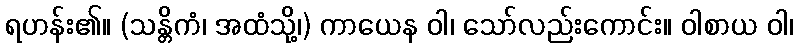
ရဟန်း၏။ (သန္တိကံ၊ အထံသို့၊) ကာယေန ဝါ၊ သော်လည်းကောင်း။ ဝါစာယ ဝါ၊